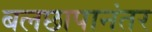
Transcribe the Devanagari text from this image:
बलछापानंतर